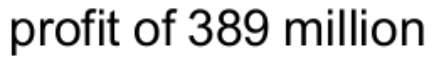
profit of 389 million